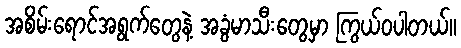
အစိမ်းရောင်အရွက်တွေနဲ့ အခွံမာသီးတွေမှာ ကြွယ်ဝပါတယ်။